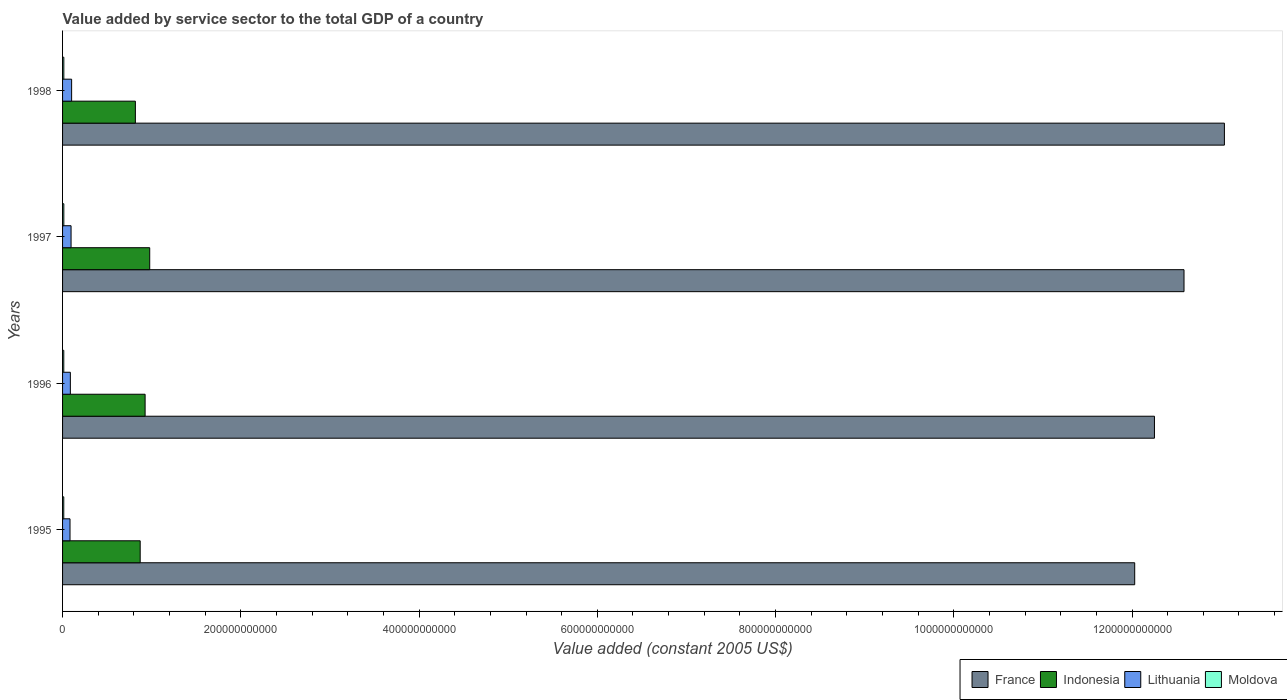
| Years | France | Indonesia | Lithuania | Moldova |
 | --- | --- | --- | --- | --- |
 | 1995 | 1.2e+12 | 8.71e+10 | 8.37e+09 | 1.35e+09 |
 | 1996 | 1.23e+12 | 9.26e+10 | 8.74e+09 | 1.37e+09 |
 | 1997 | 1.26e+12 | 9.78e+10 | 9.54e+09 | 1.41e+09 |
 | 1998 | 1.3e+12 | 8.17e+10 | 1.02e+10 | 1.42e+09 |